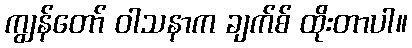
ကျွန်တော် ဝါသနာက ချက်စ် ထိုးတာပါ။